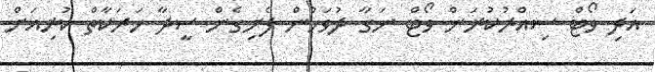
އަދި ވޯޓް ސިއްރުކުރަން ވޯޓް ނަގާ ދުވަހުން ފެށިގެން ސީދާ ހަރަކާތް ކުރިއަށް